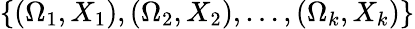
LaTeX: \{ (\Omega_{1},X_{1}),(\Omega_{2},X_{2}),\ldots,(\Omega_{k},X_{k})\}